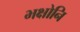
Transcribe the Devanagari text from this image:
भक्षोनि